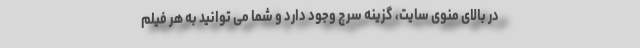
در بالای منوی سایت، گزینه سرچ وجود دارد و شما می توانید به هر فیلم